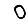
Digit: 0